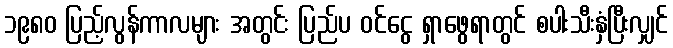
၁၉၈၀ ပြည့်လွန်ကာလများ အတွင်း ပြည်ပ ဝင်ငွေ ရှာဖွေရာတွင် စပါးသီးနှံပြီးလျှင်